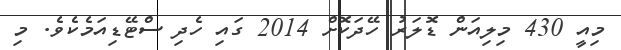
މިއީ 430 މިލިއަން ޑޮލަރު ހޭދަކޮށް 2014 ގައި ހެދި ސްޓޭޑިއަމެކެވެ. މި